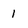
Character: 1